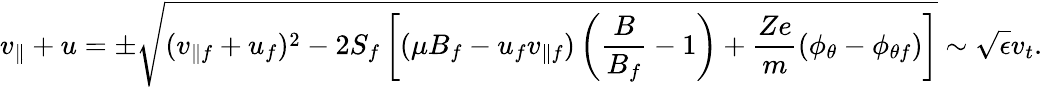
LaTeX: v_{\parallel}+u=\pm\sqrt{(v_{\parallel f}+u_{f})^{2}-2S_{f}\left[(\mu B_{f}-u_{f}v_{\parallel f})\left(\frac{B}{B_{f}}-1\right)+\frac{Ze}{m}(\phi_{\theta}-\phi_{\theta f})\right]}\sim\sqrt{\epsilon}v_{t}.